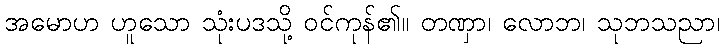
အမောဟ ဟူသော သုံးပဒသို့ ဝင်ကုန်၏။ တဏှာ၊ လောဘ၊ သုဘသညာ၊